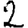
Digit: 2